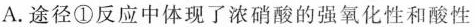
A. 途径①反应中体现了浓硝酸的强氧化性和酸性